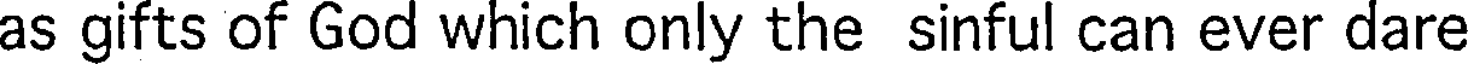
as gifts of God which only the sinful can ever dare